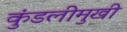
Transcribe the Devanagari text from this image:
कुंडलीमुखी